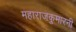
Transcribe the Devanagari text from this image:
महाराजकुमारनी